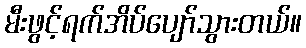
မီးဖွင့်ရက်အိပ်ပျော်သွားတယ်။